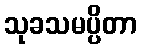
သုခသမပ္ပိတာ